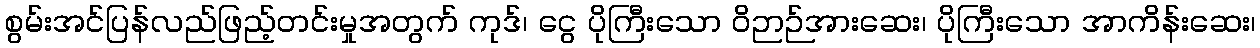
စွမ်းအင်ပြန်လည်ဖြည့်တင်းမှုအတွက် ကုဒ်၊ ငွေ ပိုကြီးသော ဝိဉာဉ်အားဆေး၊ ပိုကြီးသော အာကိန်းဆေး၊